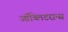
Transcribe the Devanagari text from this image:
ऑब्लिटरान्स